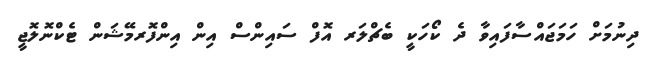
ދިނުމަށް ހަމަޖައްސާފައިވާ ދެ ކޯހަކީ ބެޗްލަރ އޮފް ސައިންސް އިން އިންފޮރމޭޝަން ޓެކްނޮލޮޖީ